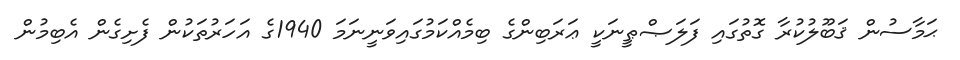
ޙަމާސުން ޤަބޫލުކުރާ ގޮތުގައި ފަލަޞްޠީނަކީ ޢަރަބިންގެ ބިމެއްކަމުގައިވަނީނަމަ 1940ގެ އަހަރުތަކުން ފެށިގެން އެބިމުން